Vabadussoja_Ajaloo_Komitee, lk 11
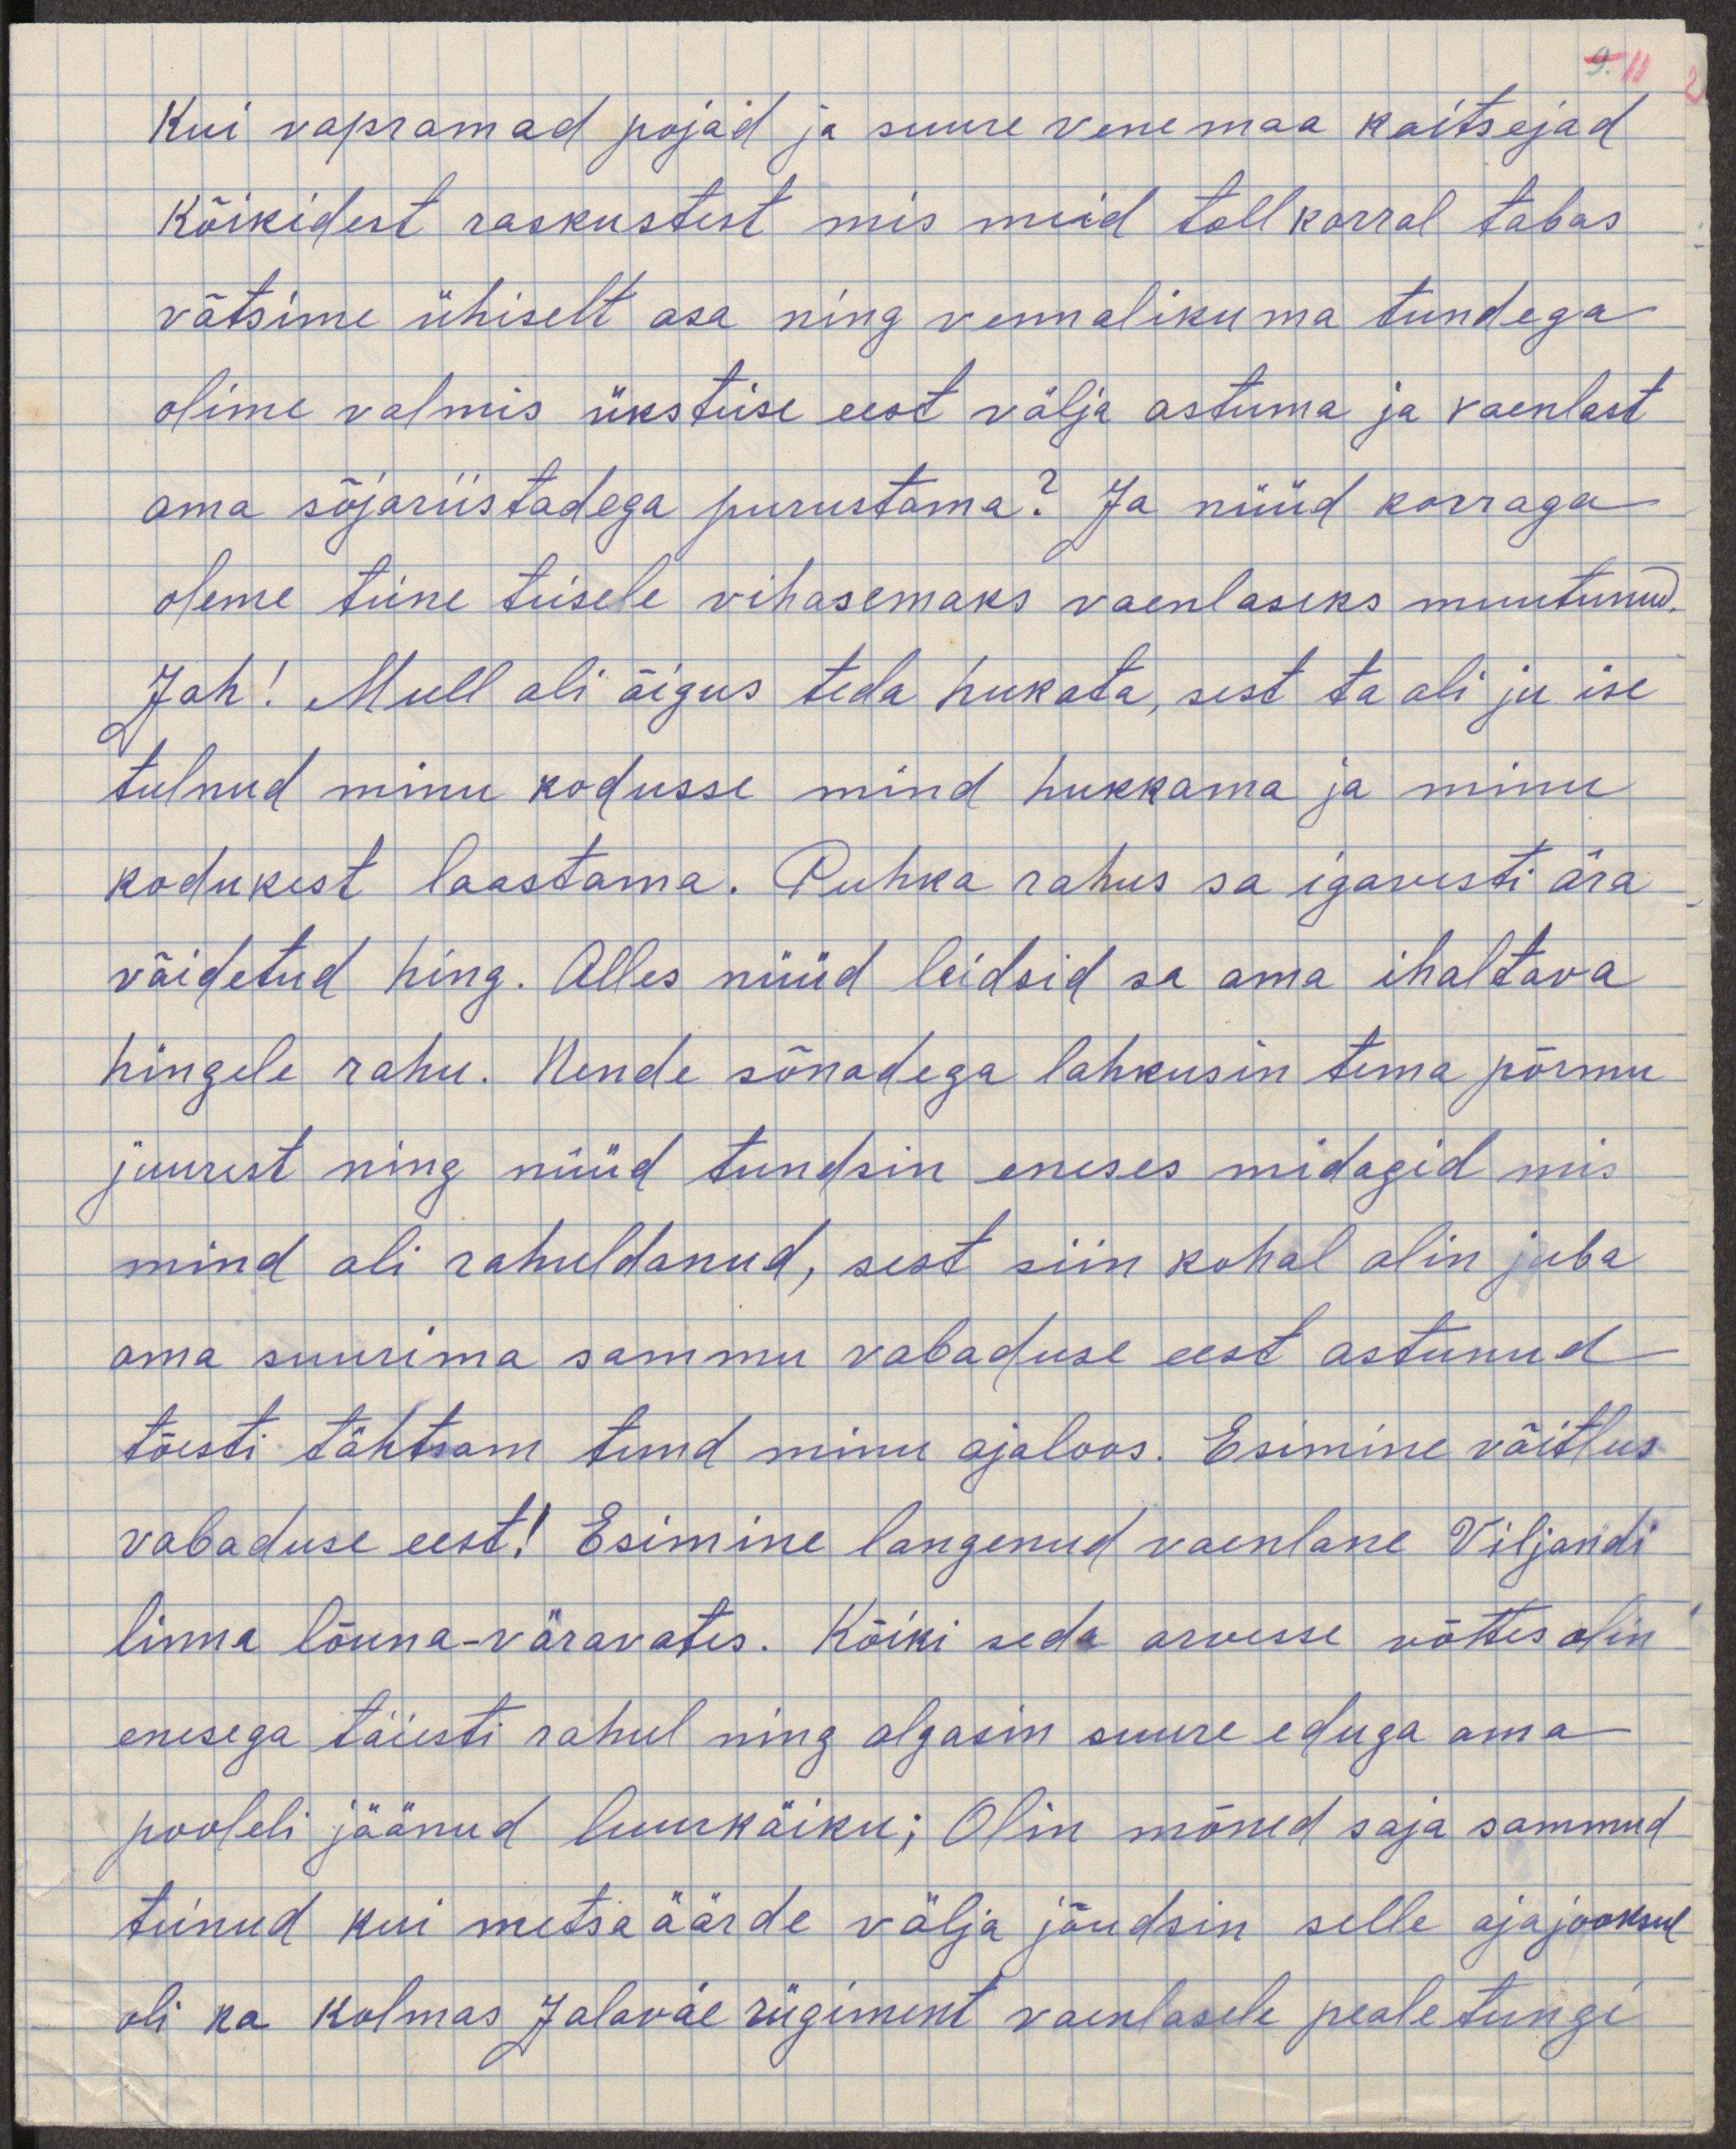
kui vapramad pojad ja suure Venemaa kaitsejad
kõikidest raskustest mis meid toll korral tabas
võtsime ühiselt osa ning vennalikuma tundega
olime valmis üksteise eest välja astuma ja vaenlast
oma sõjariistadega purustama? Ja nüüd korraga
oleme teine teisele vihasemaks vaenlaseks muutunud.
Jah! Mull oli õigus teda hukata, sest ta oli ju ise
tulnud minu kodusse mind hukkama ja minu
kodukest laastama. Puhka rahus sa igavesti ära
võidetud hing. Alles nüüd leidsid sa oma ihaltava
hingele rahu. Nende sõnadega lahkusin tema põrmu
juurest ning nüüd tundsin eneses midagid mis
mind oli rahuldanud, sest siin kohal olin juba
oma suurima sammu vabaduse eest astunud
tõesti tähtsam tund minu ajaloos. Esimine võitlus
vabaduse eest! Esimine langenud vaenlane Viljandi
linna lõuna-väravates. Kõiki seda arvesse võttes olin
enesega täiesti rahul ning algasin suure eduga oma
pooleli jäänud luurekäiku; Olin mõned saja sammud
teinud kui metsa äärde välja jõudsin selle aja jooksul
oli ka kolmas Jalaväe rügiment vaenlasele pealetungi